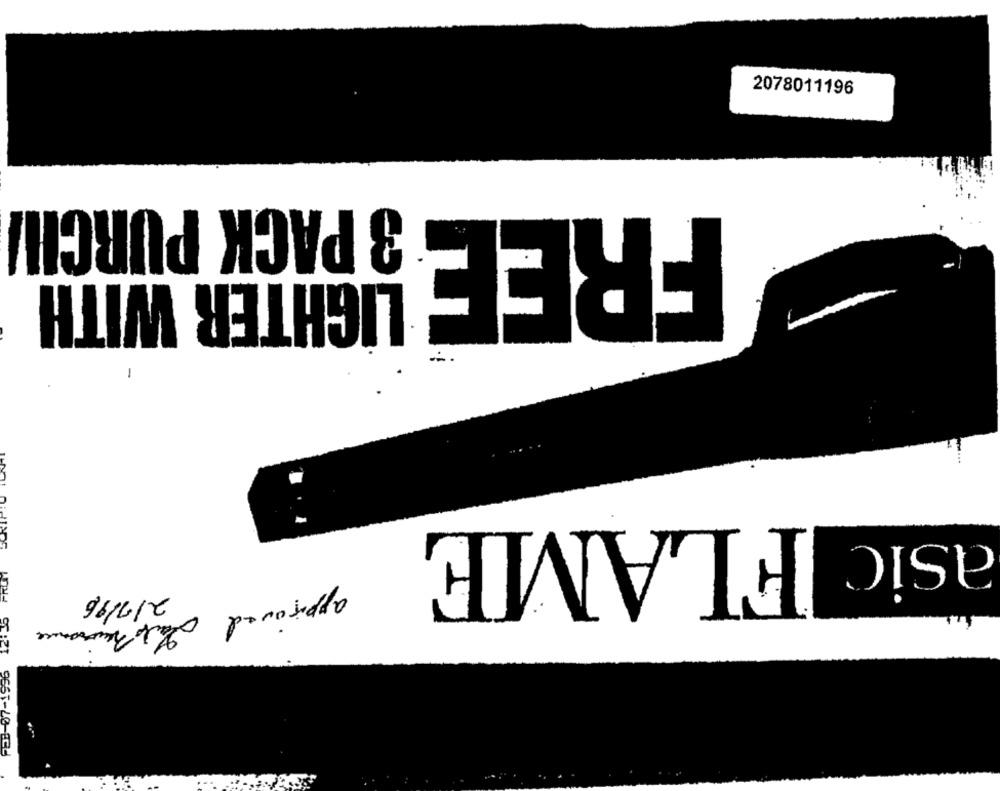
2078011196
3 PACK PURCHI
FREE
LIGHTER WITH
asic FLAME
PRINT
2/7/16
approved at hurenue
FEB-07-1996